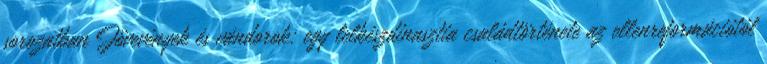
sorozatban Jövevények és vándorok: egy lelkészdinasztia családtörténete az ellenreformációtól